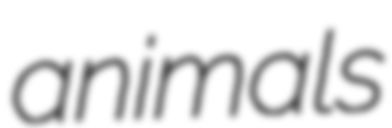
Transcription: animals